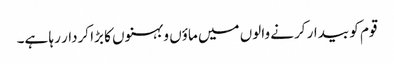
قوم کو بیدار کرنے والوں میں ماؤں و بہنوں کا بڑا کردار رہا ہے۔